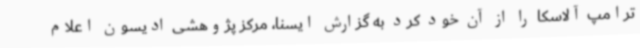
ترامپ آلاسکا را از آن خود کرد به گزارش ایسنا، مرکز پژوهشی ادیسون اعلام